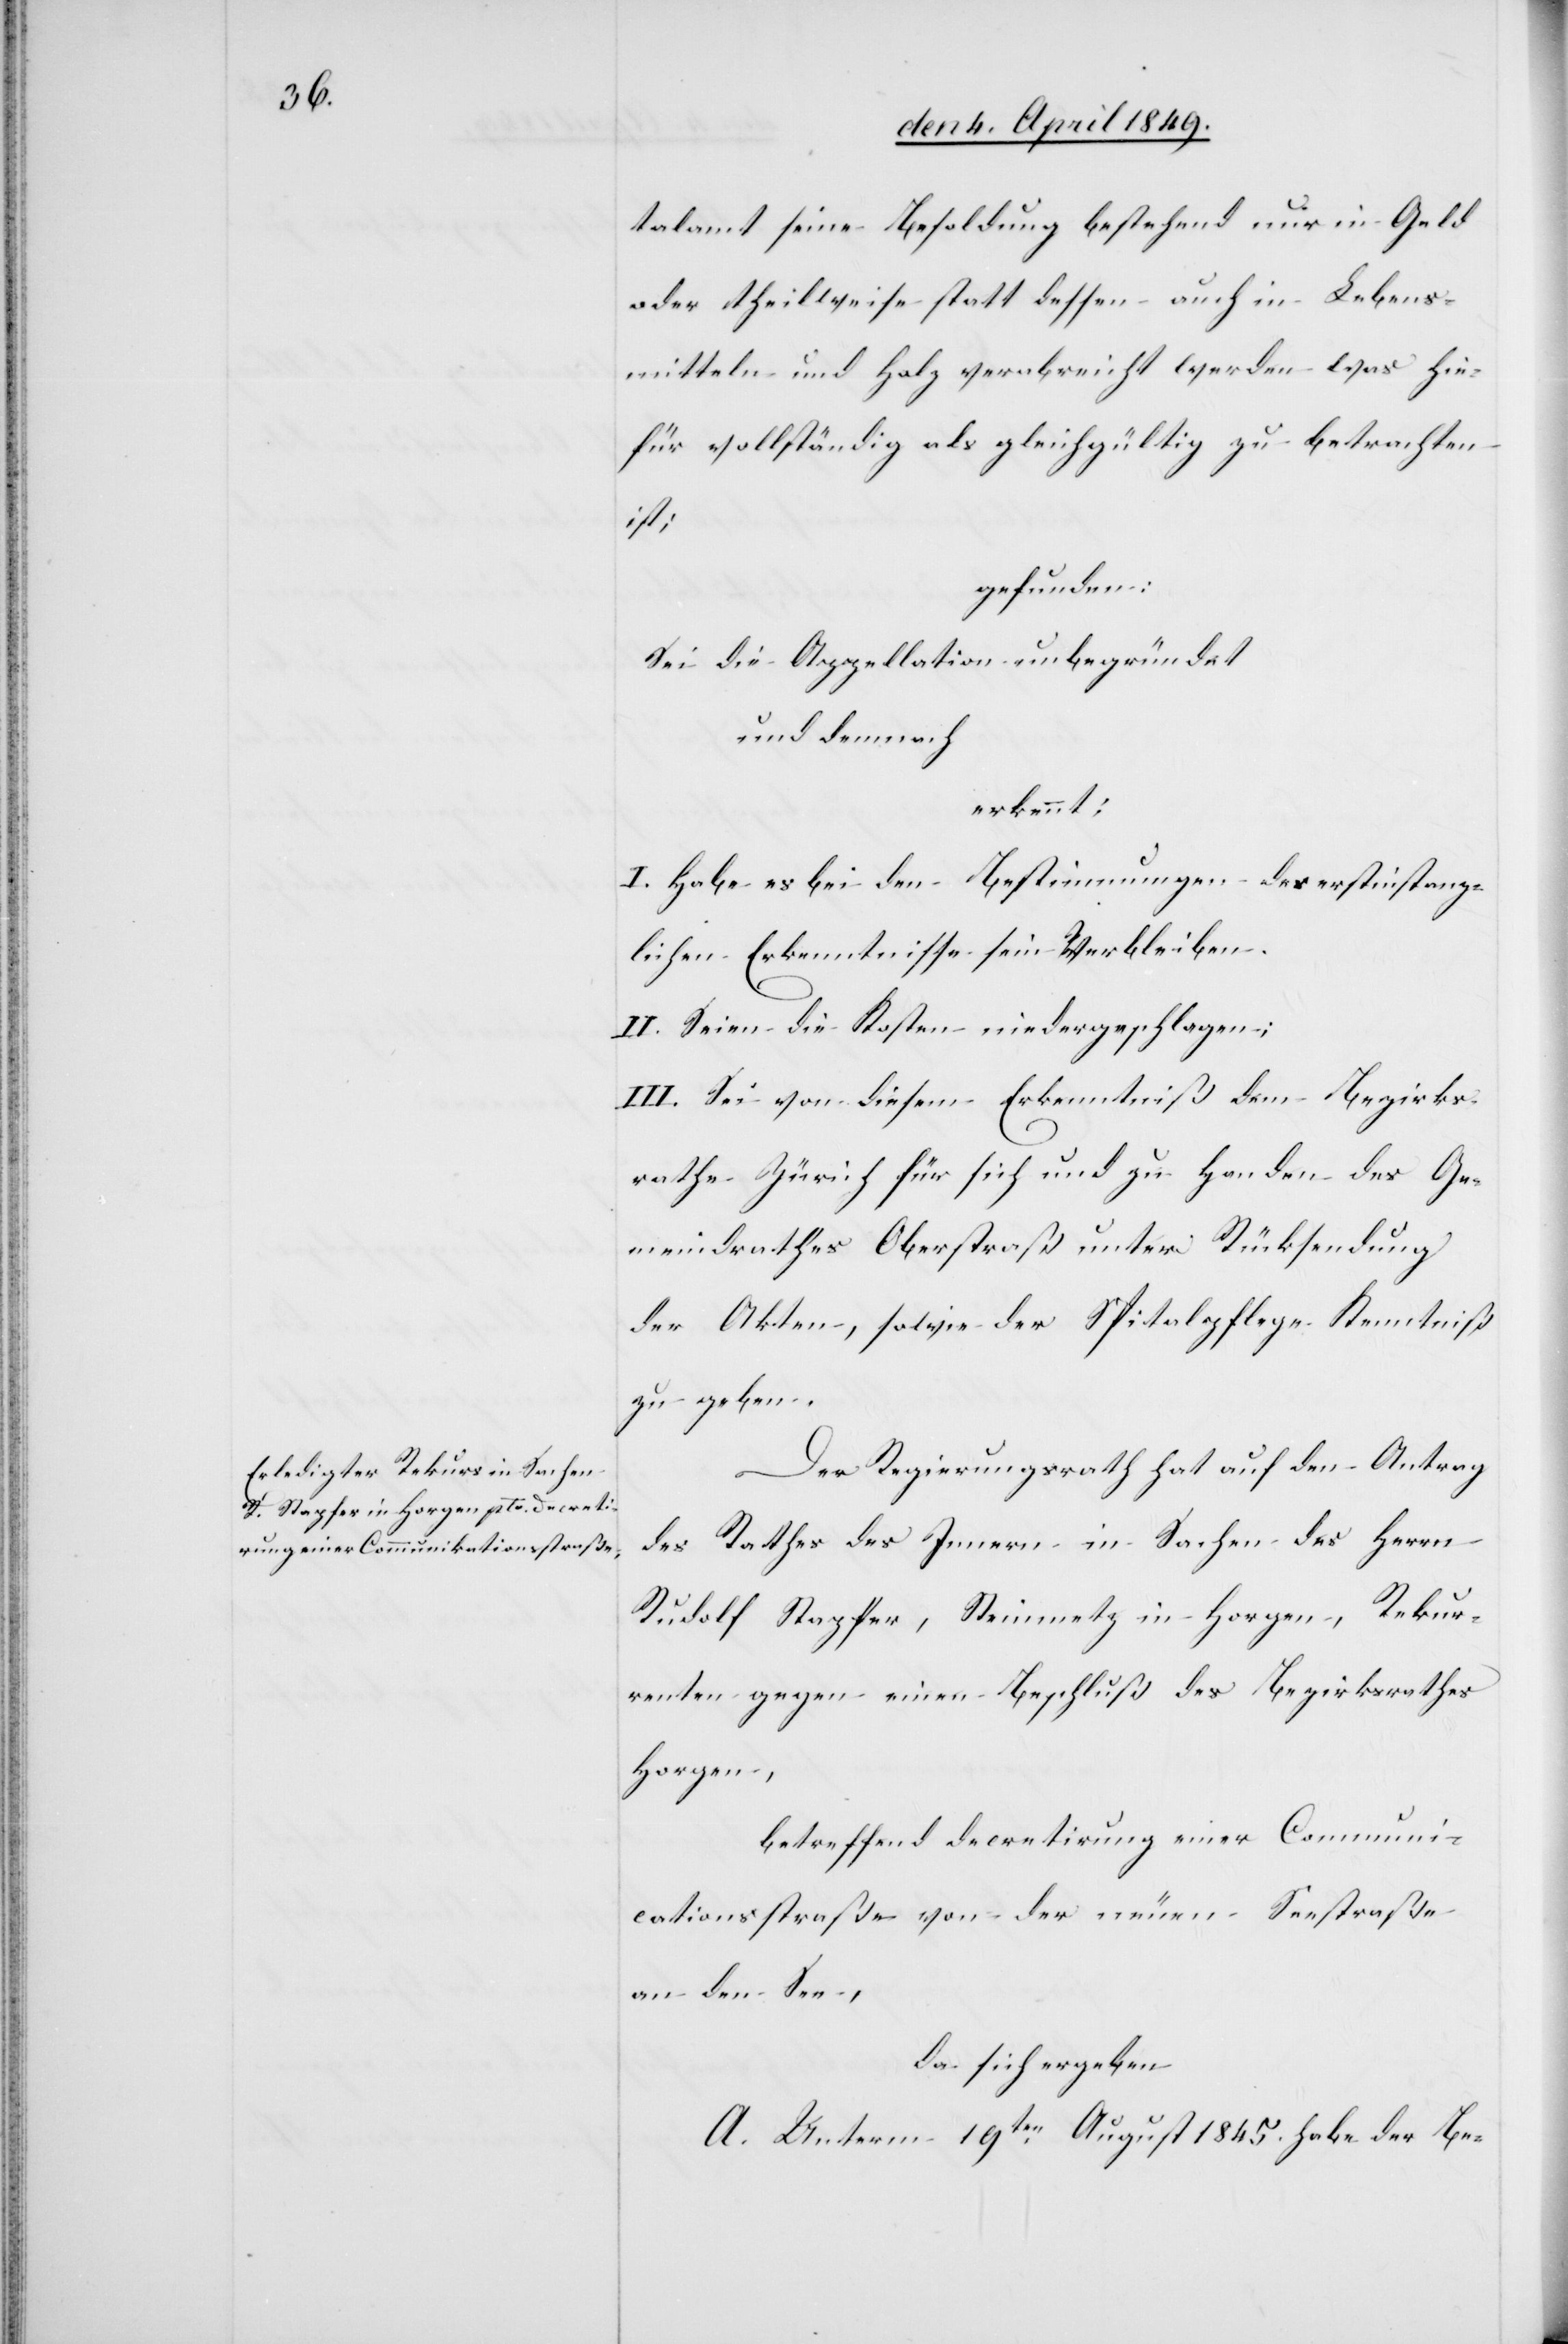
talamt seine Besoldung bestehend nur in Geld
oder theilweise statt dessen auch in Lebens¬
mitteln und Holz verabreicht werden was hie¬
für vollständig als gleichgültig zu betrachten
ist;
gefunden:
Sei die Appellation unbegründet
und demnach
erkennt:
I. Habe es bei den Bestimmungen der erstinstanz¬
lichen Erkenntnisse sein Verbleiben.
II. Seien die Kosten niedergeschlagen;
III. Sei von diesem Erkenntniß dem Bezirks¬
rathe Zürich für sich und zu Handen des Ge¬
meindrathes Oberstraß unter Rücksendung
der Akten, sowie der Spitalpflege Kenntniß
zu geben.
Der Regierungsrath hat auf den Antrag
des Rathes des Innern in Sachen des Herrn
Rudolf Stapfer, Steinmetz in Horgen, Rekur¬
renten gegen einen Beschluß des Bezirksrathes
Horgen,
betreffend Decretirung einer Communi¬
cationsstraße von der neuen Seestraße
an den See,
Da sich ergeben
A. Unterm 19ten August 1845. habe der Be-